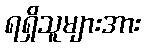
ရရှိသူများအား